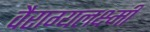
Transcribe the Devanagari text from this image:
वैराग्यलक्ष्मी